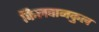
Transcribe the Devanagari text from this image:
किलवानकुल